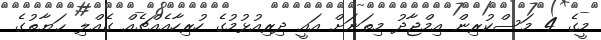
މީގެ 4 މަސްކުރިން އިމްޖާދު މިތަނަށް އައީ ދިރިއުޅުމުގެ ހުރިހާއެއްޗެއް ގެއްލި ޙަޔާތުގެ